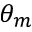
\theta _ { m }